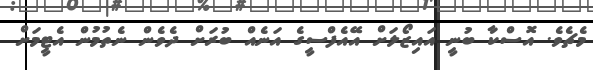
މެޗެވެ. އޮސްކާ ބުނީ އައިޒޯލަށް އޭއެފްސީގެ އަނެއް ބުރަށް ދެވެން ނެތުމުން އެޓީމަށް